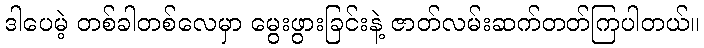
ဒါပေမဲ့ တစ်ခါတစ်လေမှာ မွေးဖွားခြင်းနဲ့ ဇာတ်လမ်းဆက်တတ်ကြပါတယ်။